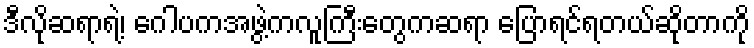
ဒီလိုဆရာရဲ့၊ ဂေါပကအဖွဲ့ကလူကြီးတွေကဆရာ ပြောရင်ရတယ်ဆိုတာကို